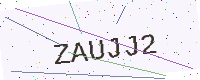
Text: ZAUJJ2